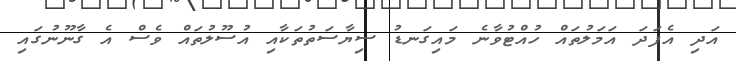
އަދި އެފަދަ އަމަލުތައް ހުއްޓުވާނެ މައިގަނޑު ސިޔާސަތުތަކާއި އުސޫލުތައް ވެސް އެ ގާނޫނުގައި